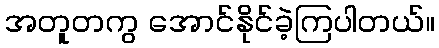
အတူတကွ အောင်နိုင်ခဲ့ကြပါတယ်။